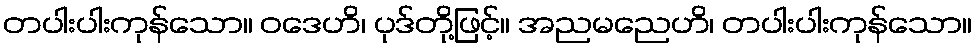
တပါးပါးကုန်သော။ ဝဒေဟိ၊ ပုဒ်တို့ဖြင့်။ အညမညေဟိ၊ တပါးပါးကုန်သော။